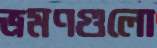
ভ্রমণগুলো